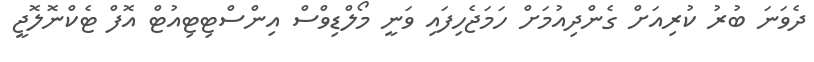
ދެވަނަ ބުރު ކުރިއަށް ގެންދިއުމަށް ހަމަޖެހިފައި ވަނީ މޯލްޑިވްސް އިންސްޓިޓިއުޓް އޮފް ޓެކްނޮލޮޖީ